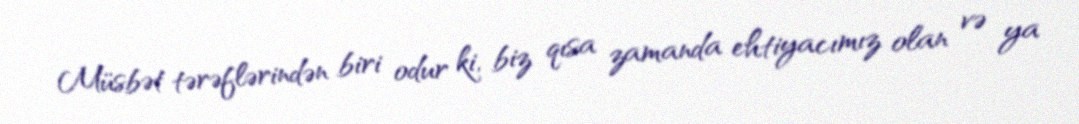
Müsbət tərəflərindən biri odur ki, biz qısa zamanda ehtiyacımız olan və ya